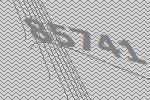
85741